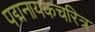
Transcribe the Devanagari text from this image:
पद्मनायकचरित्र